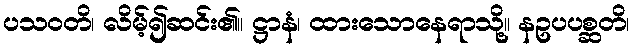
ပသဝတိ၊ လိမ့်၍ဆင်း၏။ ဋ္ဌာနံ၊ ထားသောနေရာသို့။ နဥပပစ္ဆတိ၊